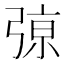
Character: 𰐞